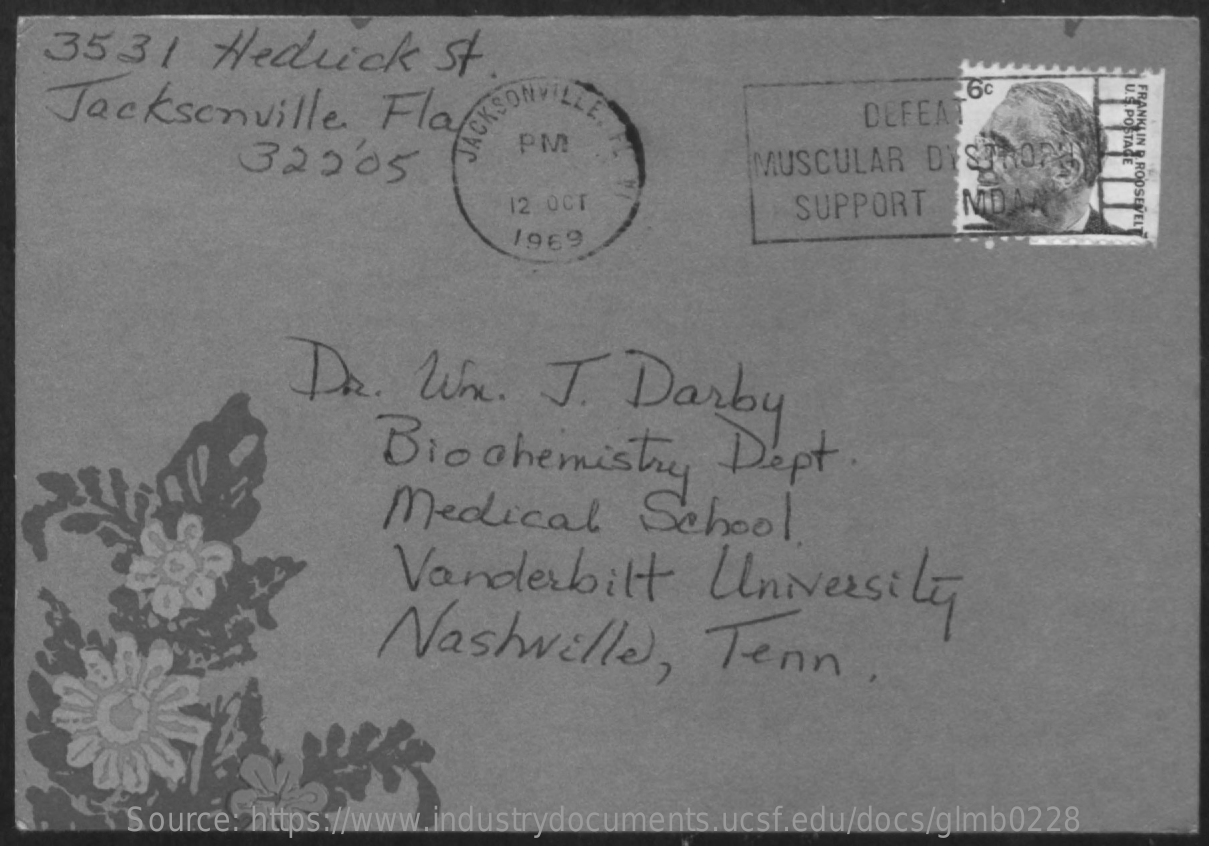
3531    Hedrick    st
     6c
     U.S.POSTAGE FRANKLIN
     D.ROOSEVELT
   Jacksonville    Flash    DEFEAT
     32205
     PM
     MUSCULAR  DY
     12 OCT    SUPPORT    MD
     1969
     Dr.    Wm.    J.   Darby
     Biochemistry    Dept.
     Medical    School
     Vanderbilt    University
     Nashville,    Tenn.
     Source: https://www.industrydocuments.ucsf.edu/docs/glmb0228